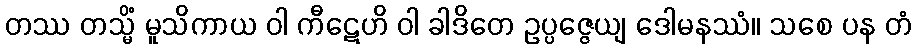
တဿ တသ္မိံ မူသိကာယ ဝါ ကီဋေဟိ ဝါ ခါဒိတေ ဥပ္ပဇ္ဇေယျ ဒေါမနဿံ။ သစေ ပန တံ